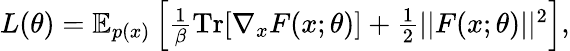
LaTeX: \begin{array}{r}{L(\theta)=\mathbb{E}_{p(x)}\left[\frac{1}{\beta}\mathrm{Tr}[\nabla_{x}F(x;\theta)]+\frac{1}{2}||F(x;\theta)||^{2}\right],}\end{array}